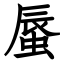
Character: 蜃